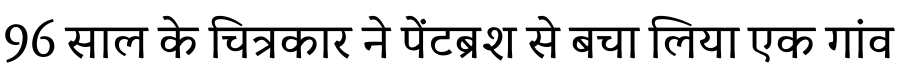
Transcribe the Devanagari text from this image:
96 साल के चित्रकार ने पेंटब्रश से बचा लिया एक गांव